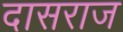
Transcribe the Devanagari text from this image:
दासराज